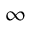
\infty